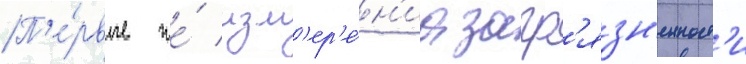
П'е́рвые же́ изм'ер'е́н'иа загр'язн'енност'и